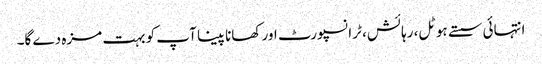
انتہائی سستے ہوٹل، رہائش، ٹرانسپورٹ اور کھانا پینا آپ کو بہت مزہ دے گا۔